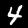
Digit: 4